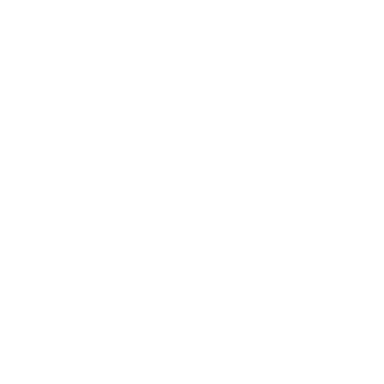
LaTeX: \fbox { \mathrm { i f } e _ { a } e _ { b } = \pm e _ { c } , \mathrm { t h e n } e _ { 2 a } e _ { 2 b } = \pm e _ { 2 c } , }